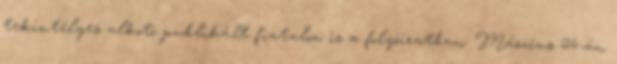
tekintélyes alkotó publikált fiatalon is a folyóiratban. Március 26-án